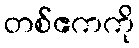
တစ်ဧကကို